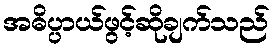
အဓိပ္ပာယ်ဖွင့်ဆိုချက်သည်